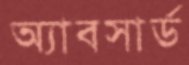
অ্যাবসার্ড